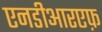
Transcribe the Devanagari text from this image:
एनडीआरएफ़